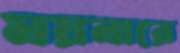
ময়নারে